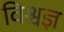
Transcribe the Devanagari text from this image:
विश्वज्ञ